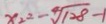
x _ { 2 } = - \sqrt [ 4 ] { 1 2 8 } - 1